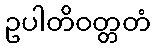
ဥပါတိဝတ္တတံ